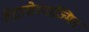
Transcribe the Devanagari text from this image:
टेटानोस्पाज्मिन